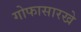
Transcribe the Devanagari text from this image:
गोफासारखे